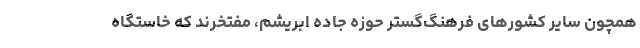
همچون سایر کشورهای فرهنگ‌گستر حوزه جاده ابریشم، مفتخرند که خاستگاه